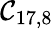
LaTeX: \mathcal{C}_{17,8}